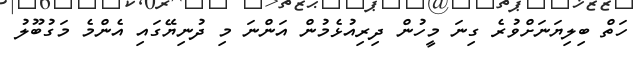
ހަތް ބިލިޔަނަށްވުރެ ގިނަ މީހުން ދިރިއުޅެމުން އަންނަ މި ދުނިޔޭގައި އެންމެ މަގުބޫލު